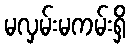
မလှမ်းမကမ်းရှိ